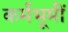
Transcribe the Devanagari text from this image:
कर्मभूमीं